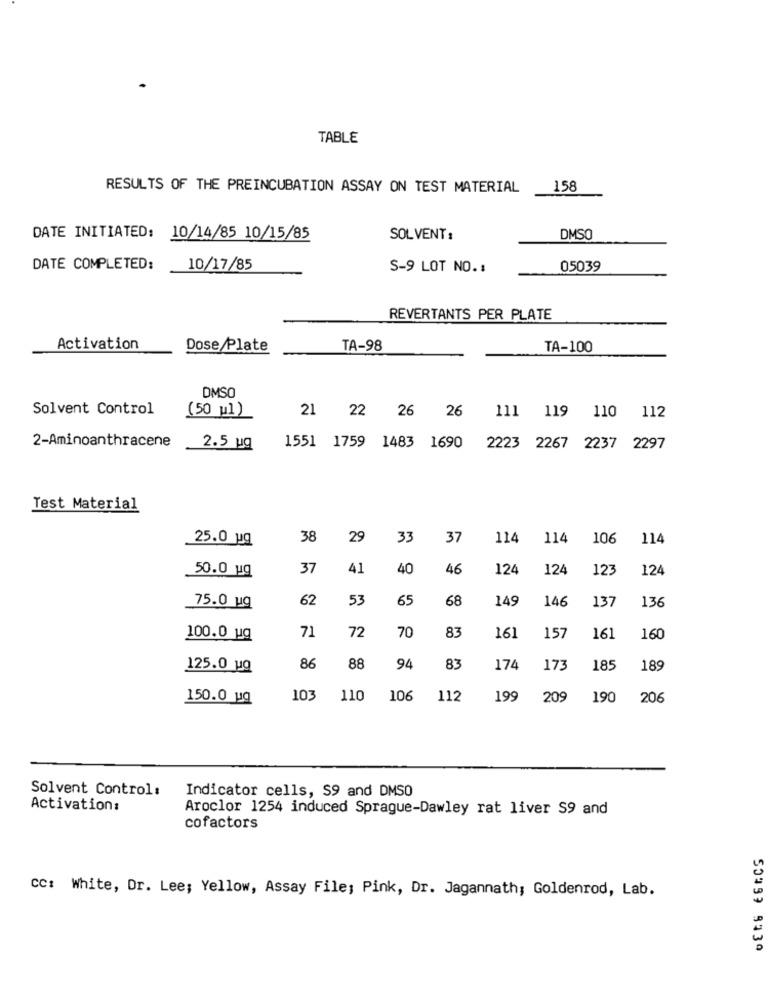
TABLE
RESULTS OF THE PREINCUBATION ASSAY ON TEST MATERIAL
158
DATE INITIATED: 10/14/85 10/15/85
SOLVENT:
DMSO
DATE COMPLETED:
10/17/85
S-9 LOT NO. :
05039
REVERTANTS PER PLATE
Activation
Dose Plate
TA-98
TA-100
DMSO
Solvent Control
21 22 26 26
112
(50 ul)
111 119 110
2-Aminoanthracene
2.5 ug
1551 1759 1483 1690
2223 2267 2237 2297
Test Material
25.0 ug
38
29
33
37
114
114
106
114
50.0 ug
37
41
40
46
124
124
123
124
62
53
65
68
149
146
137
136
75.0 ug
157
161
100.0 ug
71
72
70
83
161
160
125.0 uQ
86
88
94
83
174
17
185
189
150.0 uq
103
110
106
112
199
209
190
206
Solvent Control:
Indicator cells, S9 and DMSO
Activation:
Aroclor 1254 induced Sprague-Dawley rat liver S9 and
cofactors
CC: White, Dr. Lee; Yellow, Assay File; Pink, Dr. Jagannath; Goldenrod, Lab.